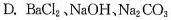
D.BaCl_{2}、NaOH、Na_{2}CO_{3}